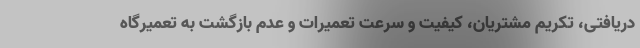
دریافتی، تکریم مشتریان، کیفیت و سرعت تعمیرات و عدم بازگشت به تعمیرگاه